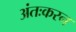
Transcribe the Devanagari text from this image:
अंतःकरन